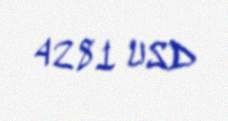
4281 USD